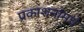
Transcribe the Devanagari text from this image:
प्रकाशनांमधे